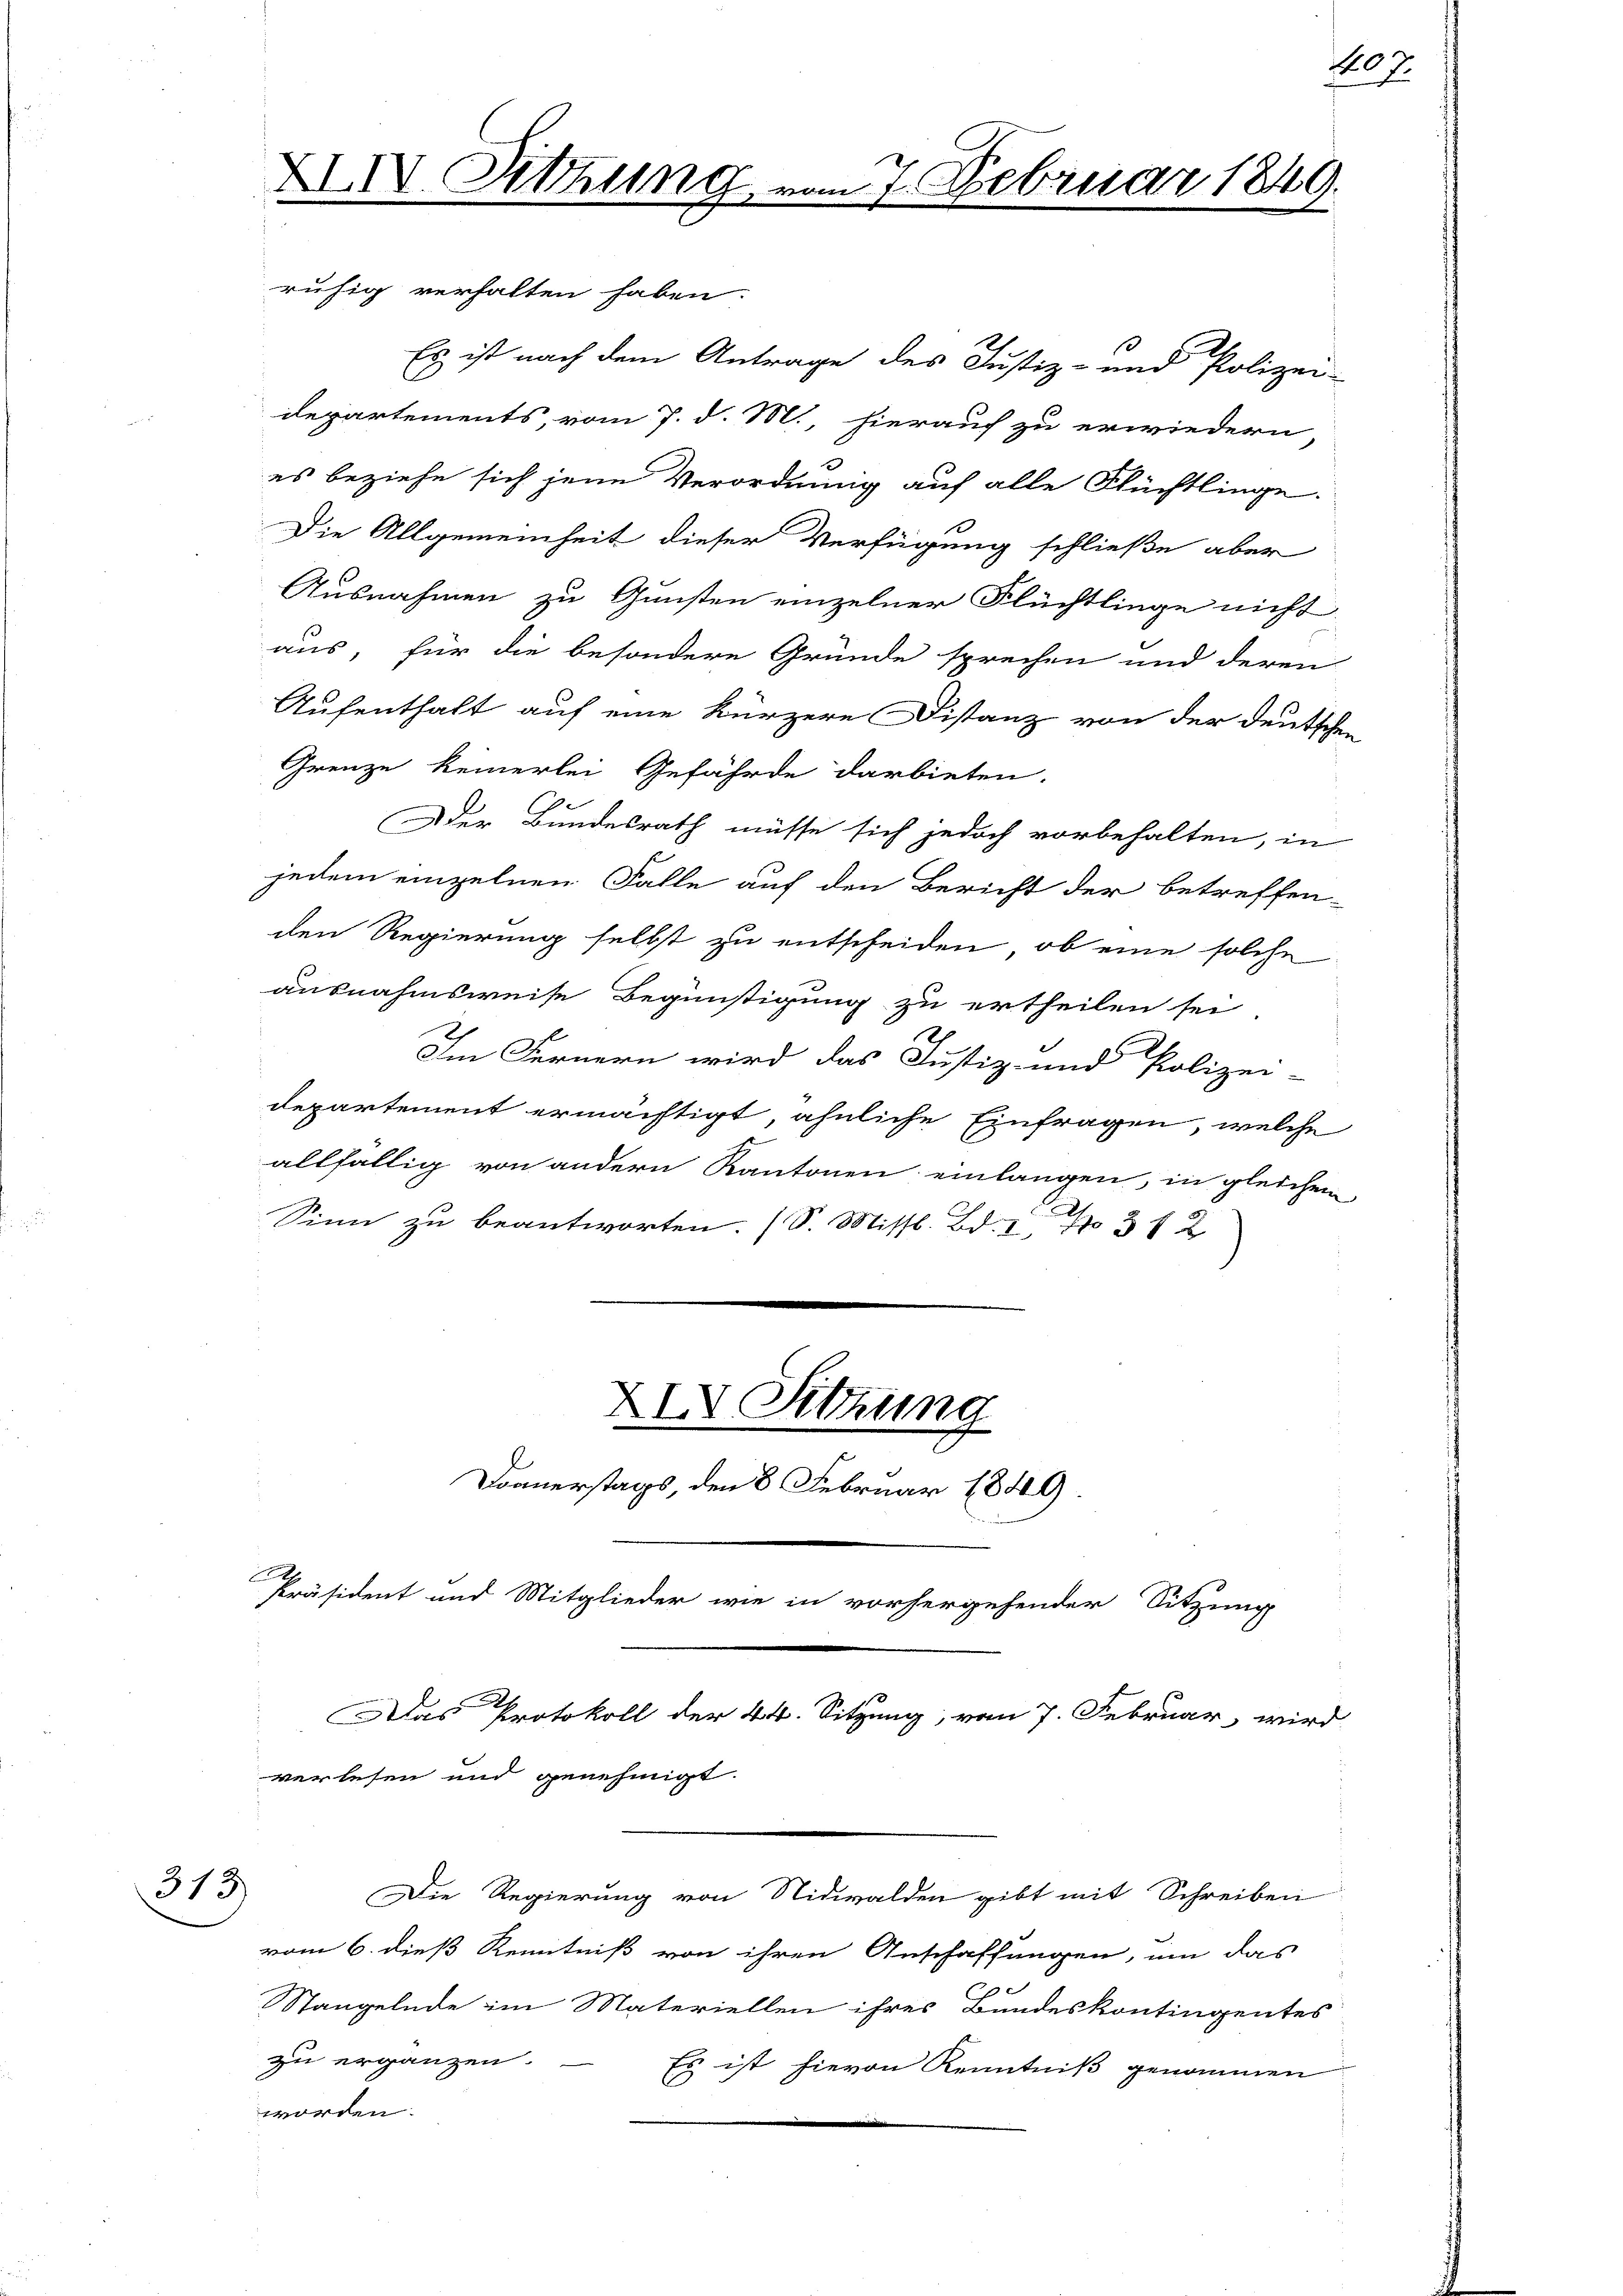
313

Es ist nach dem Antrage des Justiz- und Polizei-
departements, vom 7. d. M., hierauf zu erwiedern
es beziehe sich jene Verordnung auf alle Flüchtlinge.
Die Allgemeinheit dieser Verfügung schließe aber
Ausnahmen zu Gunsten einzelner Flüchtlinge nicht
aus, für die besondere Gründe sprechen und deren
Aufenthalt auf eine kürzere Distanz von der deuts
Grenze keinerlei Gefährde darbieten.
Dder Bundesrath müsse sich jedoch vorbehalten, in
jedem einzelnen Falle auf den Bericht der betreffen
den Regierung selbst zu entscheiden, ob eine solche
ausnahmsweise Begünstigung zu ertheilen sei
Im Fernern wird das Justiz- und Polizei-
departement ermächtigt, ähnliche Einfragen, welche
allfällig von andern Kantonen einlangen, in gleichen
Sinn zu beantworten. (S. Missl. Bd. 1 f 36 x
XXV Sitzung
Doanerstags, den 8. Februar 1849.
A
Präsident und Mitglieder wie in vorhergehender Sitzung
Das Protokoll der 44. Sitzung, vom 7. Februar, wird
verlesen und genehmigt.
Die Regierung von Nidwalden gibt mit Schreiben
vom 6. dieß Kenntniß von ihren Anschaffungen, um das
Stangelnde im Materiellen ihres Bundeskontingentes
zu ergänzen.
Es ist hievon Kenntniß genommen
worden.

XXIV. Sitzung vom 7. Februar 1849.
rufig verhalten haben.

fl 7.

J
En
.

2